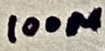
Text: 100µ